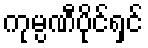
ကုမ္ပဏီပိုင်ရှင်